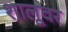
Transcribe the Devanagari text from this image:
शालूवर